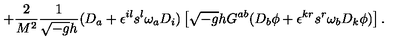
+ \frac { 2 } { M ^ { 2 } } \frac { 1 } { \sqrt { - g } h } ( D _ { a } + \epsilon ^ { i l } s ^ { l } \omega _ { a } D _ { i } ) \left[ \sqrt { - g } h G ^ { a b } ( D _ { b } \phi + \epsilon ^ { k r } s ^ { r } \omega _ { b } D _ { k } \phi ) \right] .